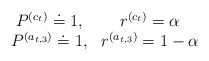
LaTeX: \begin{align*}\begin{array}{cc}P^{(c_t)} \doteq 1, & r^{(c_t)} = \alpha \\P^{(a_{t,3})} \doteq 1, & r^{(a_{t,3})} = 1- \alpha\end{array}\end{align*}